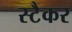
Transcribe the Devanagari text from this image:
स्टैकर